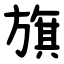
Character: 旗